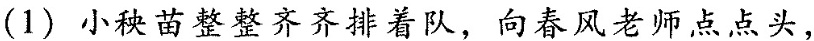
(1) 小秧苗整整齐齐排着队，向春风老师点点头，